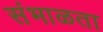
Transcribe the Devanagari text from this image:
संभाळता